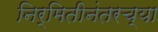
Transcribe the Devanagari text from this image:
निर्मितीनंतरच्‍या